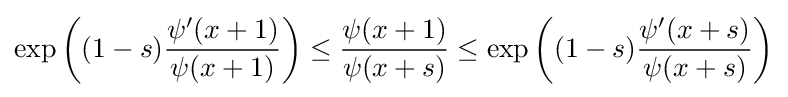
\exp \left((1-s){\frac {\psi '(x+1)}{\psi (x+1)}}\right)\leq {\frac {\psi (x+1)}{\psi (x+s)}}\leq \exp \left((1-s){\frac {\psi '(x+s)}{\psi (x+s)}}\right)